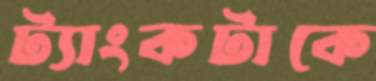
ট্যাংকটাকে